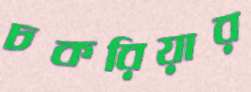
চকরিয়ার